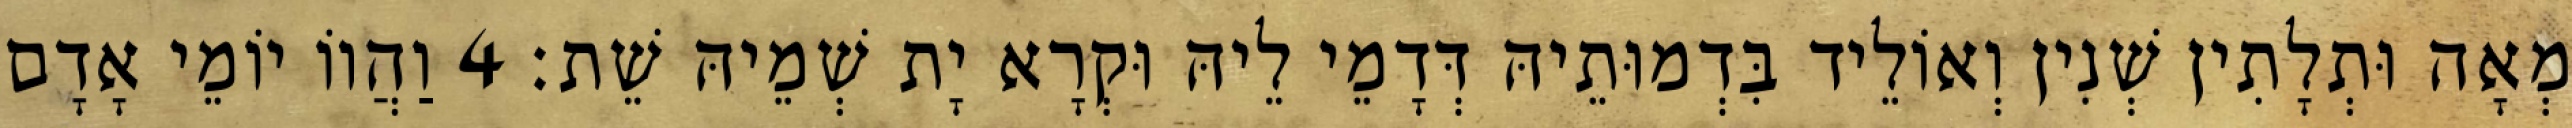
מְאָה וּתְלָתִין שְׁנִין וְאוֹלֵיד בִּדְמוּתֵיהּ דְּדָמֵי לֵיהּ וּקְרָא יָת שְׁמֵיהּ שֵׁת׃ 4 וַהֲווֹ יוֹמֵי אָדָם